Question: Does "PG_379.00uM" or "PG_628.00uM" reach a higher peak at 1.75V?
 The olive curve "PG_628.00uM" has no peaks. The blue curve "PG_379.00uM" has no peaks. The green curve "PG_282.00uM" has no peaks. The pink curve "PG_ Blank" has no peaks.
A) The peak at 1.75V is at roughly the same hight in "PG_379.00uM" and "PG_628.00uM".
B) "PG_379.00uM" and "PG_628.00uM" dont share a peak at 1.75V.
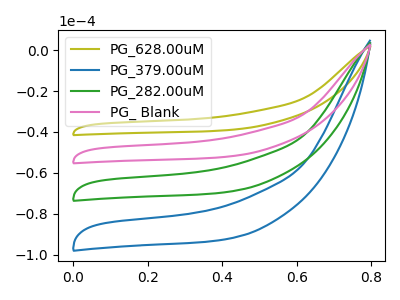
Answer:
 <answer>B) "PG_379.00uM" and "PG_628.00uM" dont share a peak at 1.75V.</answer>
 <eval>B</eval>